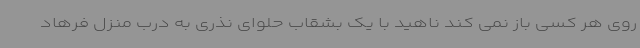
روی هر کسی باز نمی کند ناهید با یک بشقاب حلوای نذری به درب منزل فرهاد